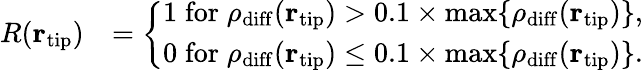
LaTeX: \begin{array}{rl}{R({\mathbf r}_{\mathrm{tip}})}&{=\bigg\{ \begin{array}{c}{1\; \mathrm{for}\; \rho_{\mathrm{diff}}({\mathbf r}_{\mathrm{tip}})>0.1\times\mathrm{max}\{ \rho_{\mathrm{diff}}({\mathbf r}_{\mathrm{tip}})\} ,}\\ {0\; \mathrm{for}\; \rho_{\mathrm{diff}}({\mathbf r}_{\mathrm{tip}})\le 0.1\times\mathrm{max}\{ \rho_{\mathrm{diff}}({\mathbf r}_{\mathrm{tip}})\} .}\end{array}}\end{array}